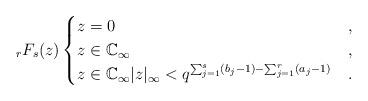
LaTeX: \begin{align*}_rF_s(z) \begin{cases} z=0&,\\z\in\mathbb{C}_{\infty}&,\\z\in\mathbb{C}_{\infty} |z|_{\infty}<q^{\sum_{j=1}^s(b_j-1)-\sum_{j=1}^r(a_j-1)} &. \end{cases}\end{align*}